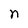
Character: n